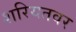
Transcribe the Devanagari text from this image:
शरियतवर